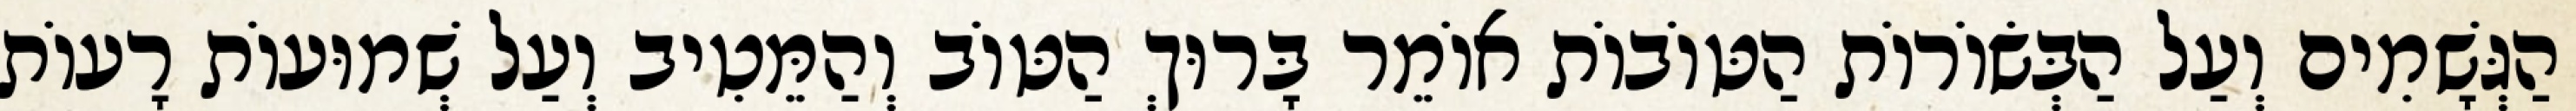
הַגְּשָׁמִים וְעַל הַבְּשׂוֹרוֹת הַטּוֹבוֹת אוֹמֵר בָּרוּךְ הַטּוֹב וְהַמֵּטִיב וְעַל שְׁמוּעוֹת רָעוֹת